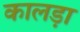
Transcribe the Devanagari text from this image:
कालड़ा